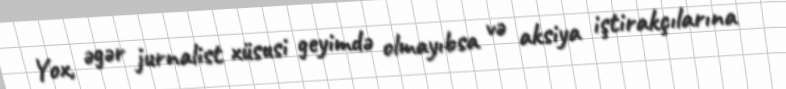
Yox, əgər jurnalist xüsusi geyimdə olmayıbsa və aksiya iştirakçılarına